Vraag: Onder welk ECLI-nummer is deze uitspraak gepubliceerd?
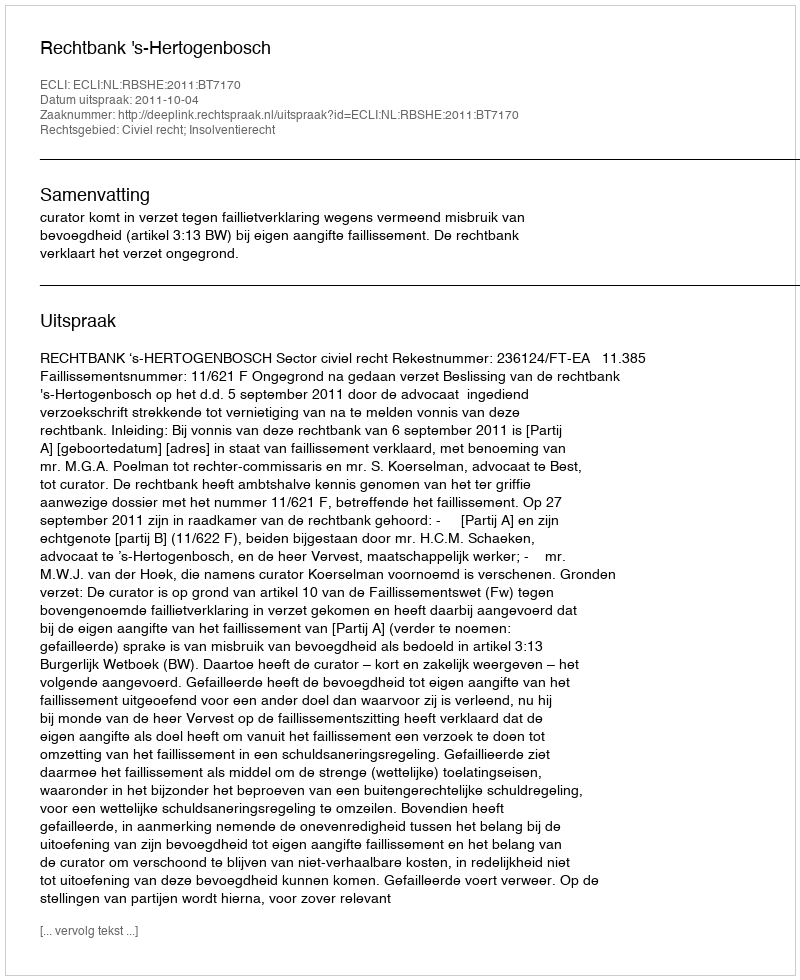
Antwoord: ECLI:NL:RBSHE:2011:BT7170